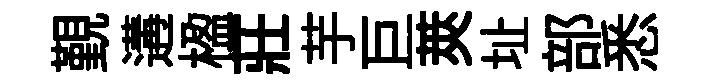
覲遘楹莊芋巨莢址部悉